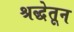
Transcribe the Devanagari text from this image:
श्रद्धेतून